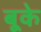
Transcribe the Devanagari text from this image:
बूके